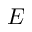
E